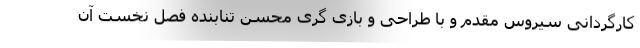
کارگردانی سیروس مقدم و با طراحی و بازی گری محسن تنابنده فصل نخست آن